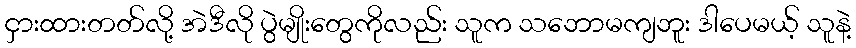
ငှားထားတတ်လို့ အဲဒီလို ပွဲမျိုးတွေကိုလည်း သူက သဘောမကျဘူး ဒါပေမယ့် သူနဲ့